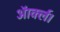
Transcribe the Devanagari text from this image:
ऑर्क्ल।